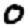
Digit: 0